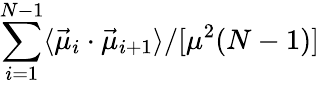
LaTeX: \sum_{i=1}^{N-1}\langle\vec{\mu}_{i}\cdot\vec{\mu}_{i+1}\rangle/[\mu^{2}(N-1)]